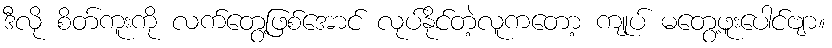
ဒီလို စိတ်ကူးကို လက်တွေ့ဖြစ်အောင် လုပ်နိုင်တဲ့လူကတော့ ကျုပ် မတွေ့ဖူးပေါင်ဗျာ။